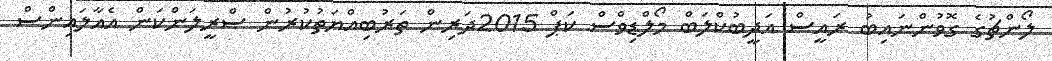
ލޯންޗުގެ ގޮވުންނައިބު ރައީސް އަދީބުކްލަބް މޯލްޑިވްސް ކަޕް 2015ދަރިން ތަރުބިއްޔަތުކުރުން ސްރީލަންކަން އެއާލައިންސް